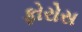
ફોરોસ